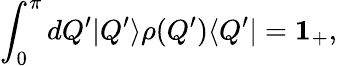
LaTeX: \int_{0}^{\pi}dQ^{\prime}|Q^{\prime}\rangle\rho(Q^{\prime})\langle Q^{\prime}|={\mathbf 1_{+}},